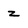
Character: z